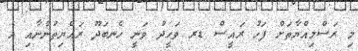
މި ރަސްމިއްޔާތަށް ފަހު ރައީސް ޑރ ވަހީދު ވަނީ ހެނބަދޫ ރައްޔިތުންނާއި އެ